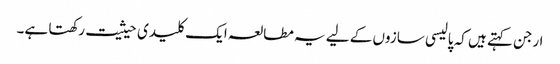
ارجن کہتے ہیں کہ پالیسی سازوں کے لیے یہ مطالعہ ایک کلیدی حیثیت رکھتا ہے۔